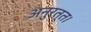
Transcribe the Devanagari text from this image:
अनुरत्त।